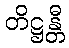
တိဋ္ဌန္တီ